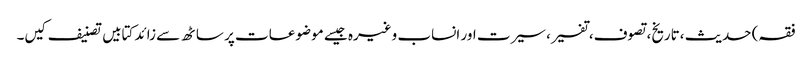
فقہ) حدیث ،تاریخ، تصوف، تفسیر، سیرت اور انساب وغیرہ جیسے موضوعات پر ساٹھ سے زائد کتابیں تصنیف کیں۔